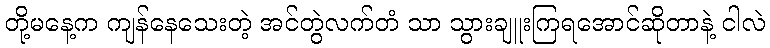
တို့မနေ့က ကျန်နေသေးတဲ့ အင်တွဲလက်တံ သာ သွားချူးကြရအောင်ဆိုတာနဲ့ ငါလဲ